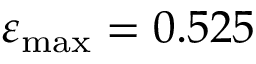
\varepsilon _ { \operatorname* { m a x } } = 0 . 5 2 5